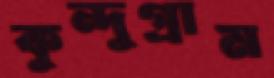
কুন্দুগ্রাম